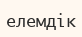
елемдік